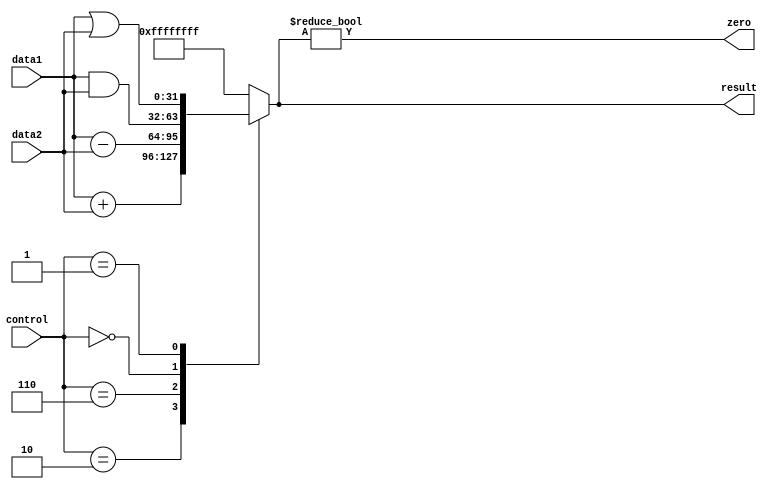
`timescale 1ns / 1ps
//////////////////////////////////////////////////////////////////////////////////
// Company: 
// Engineer: 
// 
// Design Name: 
// Module Name: ALU_Module
// Project Name: 
// Target Devices: 
// Tool Versions: 
// Description: 
// 
// Dependencies: 
// 
// Revision:
// Revision 0.01 - File Created
// Additional Comments:
// 
//////////////////////////////////////////////////////////////////////////////////

module ALU_Module(
    input wire [31:0] data1, data2,
    input wire [3:0] control,
    output reg [31:0] result,
    output wire zero
);
 // Define operations
 localparam ADD = 4'b0010;
 localparam SUB = 4'b0110;
 localparam AND = 4'b0000;
 localparam OR =  4'b0001;
 
 // Perform the operation based on the control signal
 always @(*) begin
    case (control)
        ADD: result = data1 + data2;
        SUB: result = data1 - data2;
        AND: result = data1 & data2;
        OR: result =  data1 | data2;
        default: result = 32'hffffffff; // Default case
    endcase
 end
 
 // Set the zero flag if the result is 0
 assign zero = (result != 0);
 
endmodule